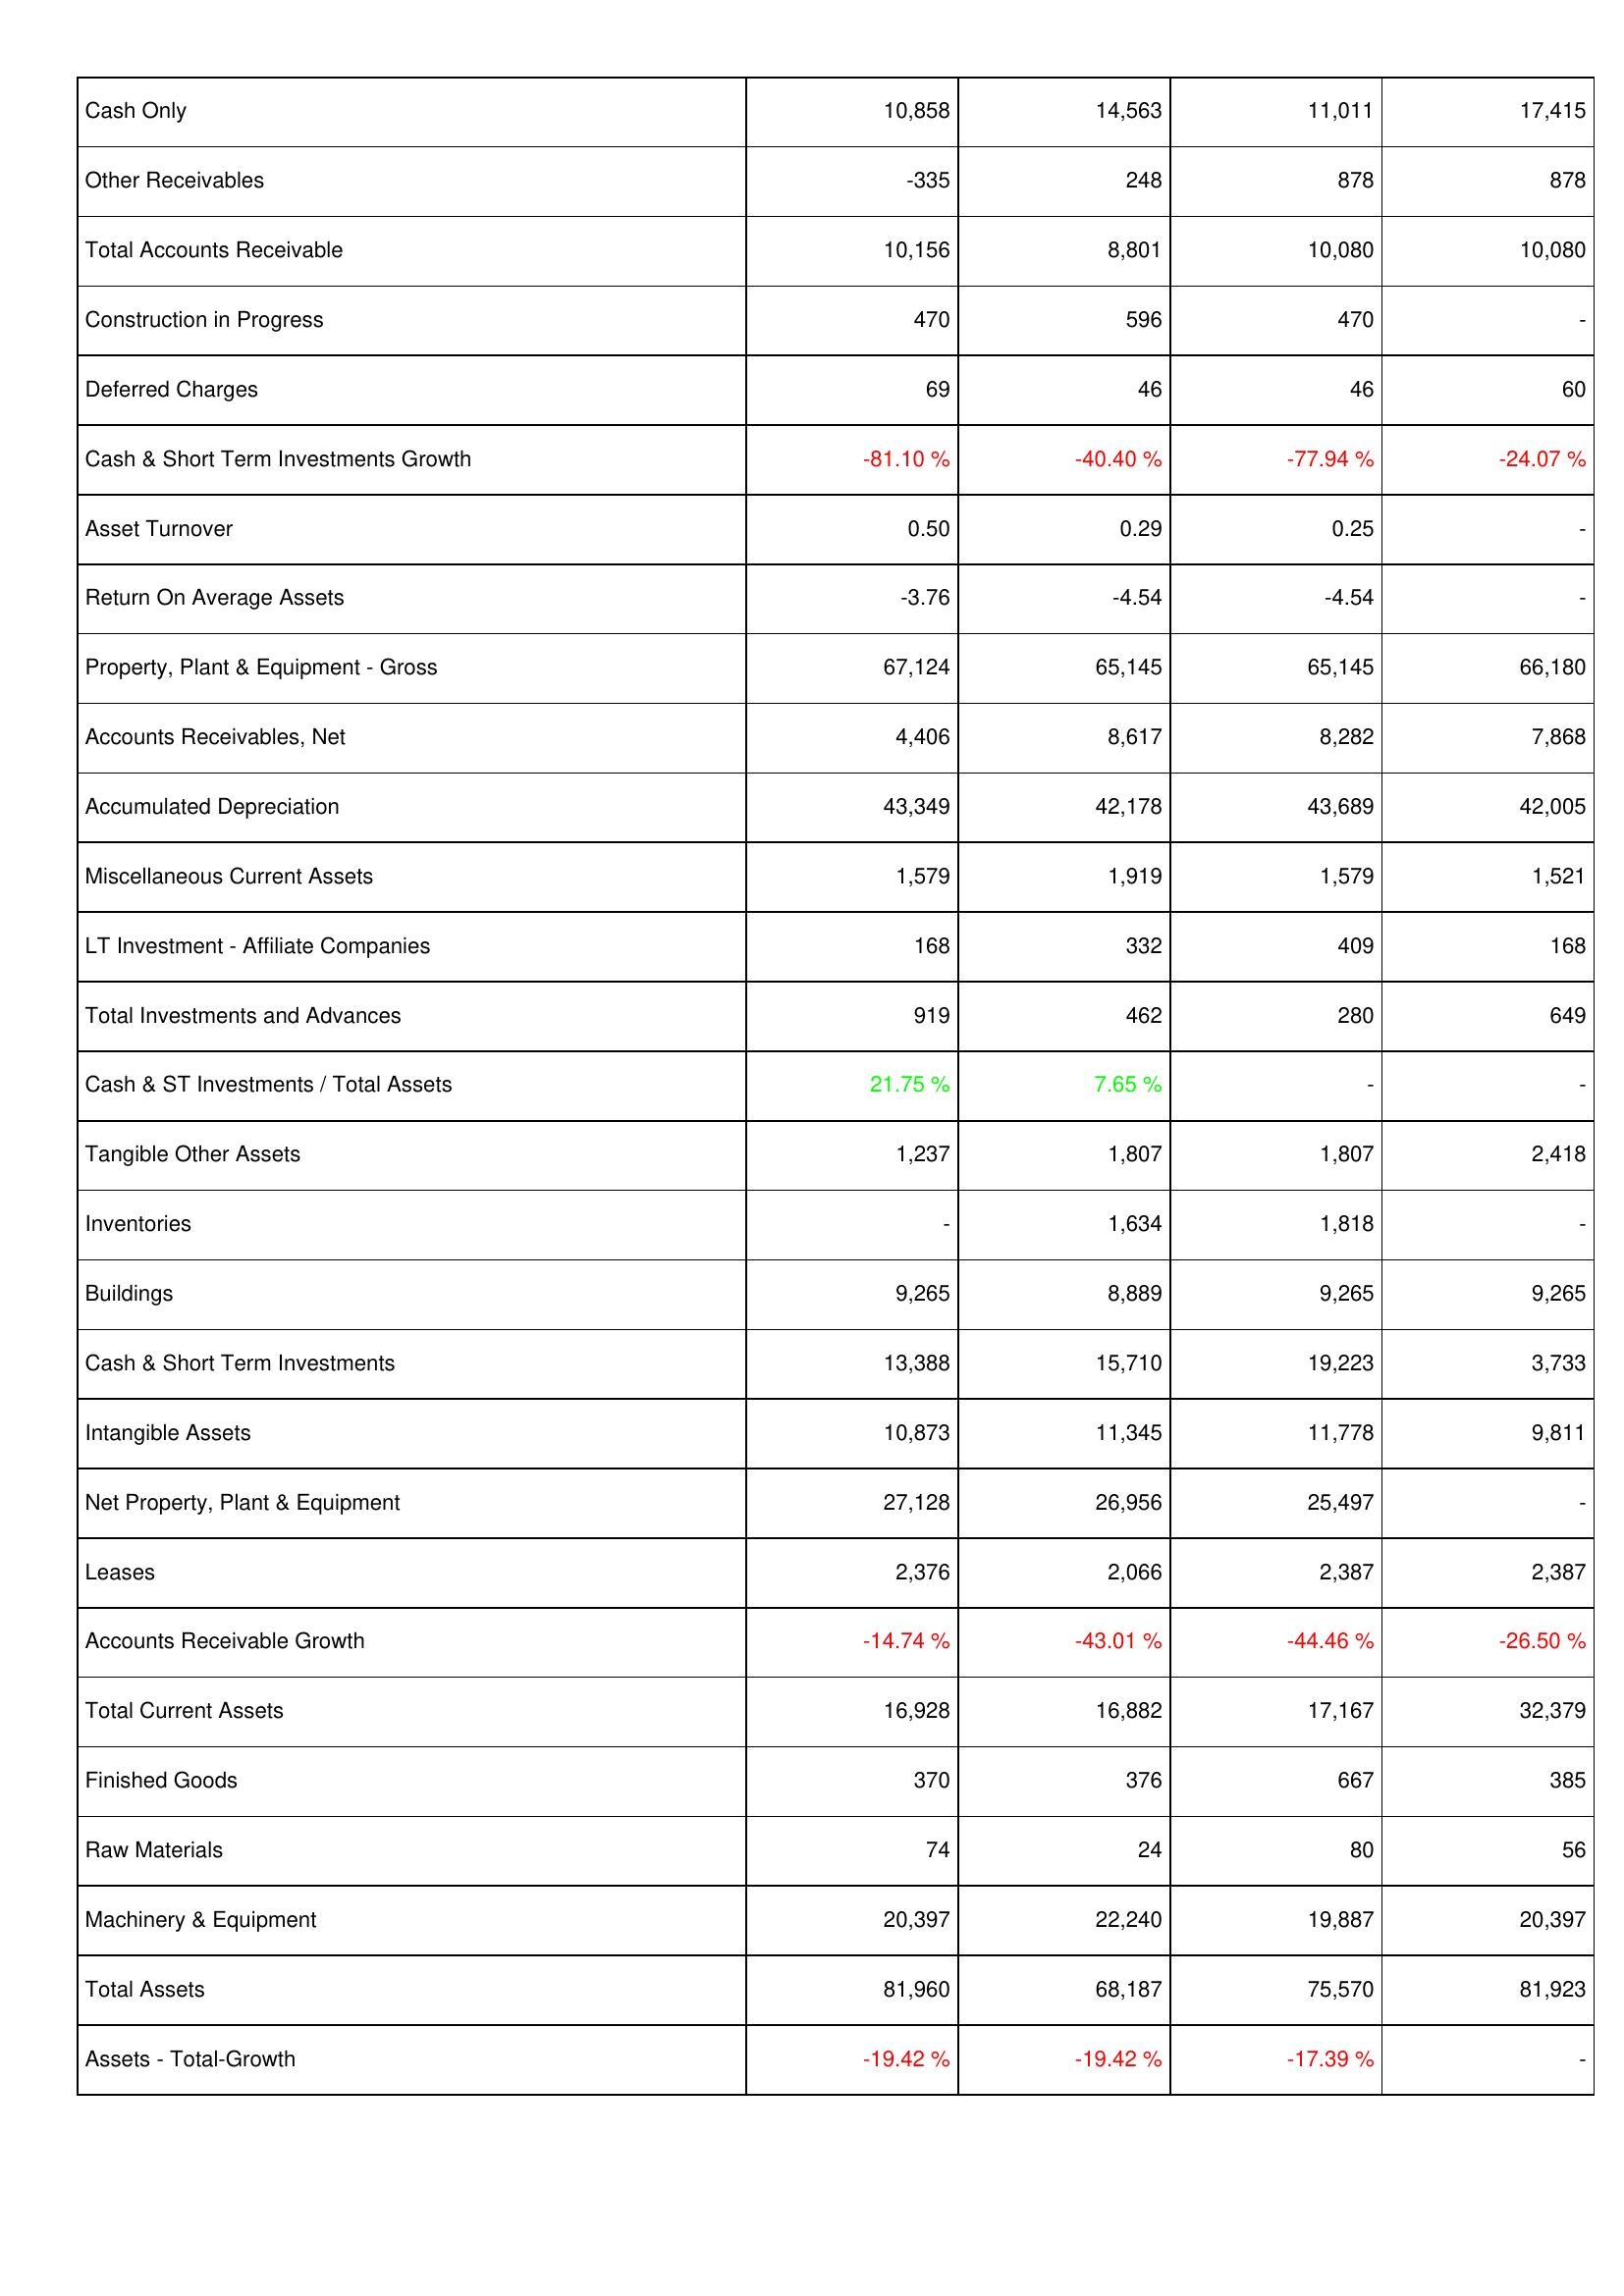
2008: Assets: Cash Only: 10,858
Other Receivables: -335
Total Accounts Receivable: 10,156
Construction in Progress: 470
Deferred Charges: 69
Cash & Short Term Investments Growth: -81.10 %
Asset Turnover: 0.50
Return On Average Assets: -3.76
Property, Plant & Equipment - Gross: 67,124
Accounts Receivables, Net: 4,406
Accumulated Depreciation: 43,349
Miscellaneous Current Assets: 1,579
LT Investment - Affiliate Companies: 168
Total Investments and Advances: 919
Cash & ST Investments / Total Assets: 21.75 %
Tangible Other Assets: 1,237
Inventories: -
Buildings: 9,265
Cash & Short Term Investments: 13,388
Intangible Assets: 10,873
Net Property, Plant & Equipment: 27,128
Leases: 2,376
Accounts Receivable Growth: -14.74 %
Total Current Assets: 16,928
Finished Goods: 370
Raw Materials: 74
Machinery & Equipment: 20,397
Total Assets: 81,960
Assets - Total-Growth: -19.42 %
2009: Assets: Cash Only: 14,563
Other Receivables: 248
Total Accounts Receivable: 8,801
Construction in Progress: 596
Deferred Charges: 46
Cash & Short Term Investments Growth: -40.40 %
Asset Turnover: 0.29
Return On Average Assets: -4.54
Property, Plant & Equipment - Gross: 65,145
Accounts Receivables, Net: 8,617
Accumulated Depreciation: 42,178
Miscellaneous Current Assets: 1,919
LT Investment - Affiliate Companies: 332
Total Investments and Advances: 462
Cash & ST Investments / Total Assets: 7.65 %
Tangible Other Assets: 1,807
Inventories: 1,634
Buildings: 8,889
Cash & Short Term Investments: 15,710
Intangible Assets: 11,345
Net Property, Plant & Equipment: 26,956
Leases: 2,066
Accounts Receivable Growth: -43.01 %
Total Current Assets: 16,882
Finished Goods: 376
Raw Materials: 24
Machinery & Equipment: 22,240
Total Assets: 68,187
Assets - Total-Growth: -19.42 %
2010: Assets: Cash Only: 11,011
Other Receivables: 878
Total Accounts Receivable: 10,080
Construction in Progress: 470
Deferred Charges: 46
Cash & Short Term Investments Growth: -77.94 %
Asset Turnover: 0.25
Return On Average Assets: -4.54
Property, Plant & Equipment - Gross: 65,145
Accounts Receivables, Net: 8,282
Accumulated Depreciation: 43,689
Miscellaneous Current Assets: 1,579
LT Investment - Affiliate Companies: 409
Total Investments and Advances: 280
Cash & ST Investments / Total Assets: -
Tangible Other Assets: 1,807
Inventories: 1,818
Buildings: 9,265
Cash & Short Term Investments: 19,223
Intangible Assets: 11,778
Net Property, Plant & Equipment: 25,497
Leases: 2,387
Accounts Receivable Growth: -44.46 %
Total Current Assets: 17,167
Finished Goods: 667
Raw Materials: 80
Machinery & Equipment: 19,887
Total Assets: 75,570
Assets - Total-Growth: -17.39 %
2011: Assets: Cash Only: 17,415
Other Receivables: 878
Total Accounts Receivable: 10,080
Construction in Progress: -
Deferred Charges: 60
Cash & Short Term Investments Growth: -24.07 %
Asset Turnover: -
Return On Average Assets: -
Property, Plant & Equipment - Gross: 66,180
Accounts Receivables, Net: 7,868
Accumulated Depreciation: 42,005
Miscellaneous Current Assets: 1,521
LT Investment - Affiliate Companies: 168
Total Investments and Advances: 649
Cash & ST Investments / Total Assets: -
Tangible Other Assets: 2,418
Inventories: -
Buildings: 9,265
Cash & Short Term Investments: 3,733
Intangible Assets: 9,811
Net Property, Plant & Equipment: -
Leases: 2,387
Accounts Receivable Growth: -26.50 %
Total Current Assets: 32,379
Finished Goods: 385
Raw Materials: 56
Machinery & Equipment: 20,397
Total Assets: 81,923
Assets - Total-Growth: -